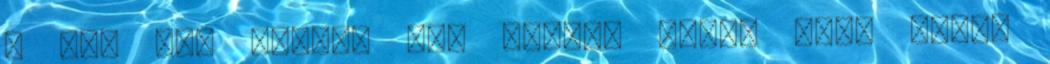
– Így add tovább 3.0 licenc alatt van; egyes